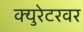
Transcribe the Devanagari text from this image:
क्युरेटरवर